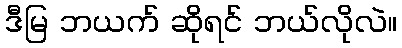
ဒီမြ ဘယက် ဆိုရင် ဘယ်လိုလဲ။